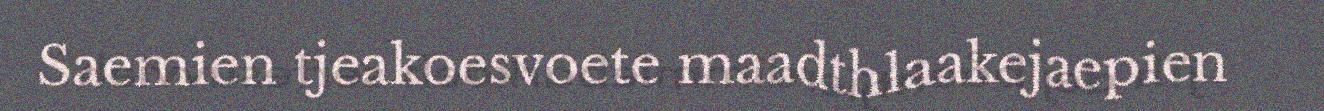
Saemien tjeakoesvoete maadthlaakejaepien